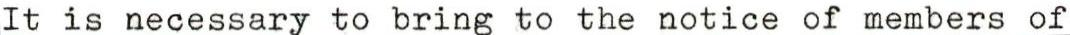
It is necessary to bring to the notice of members of